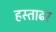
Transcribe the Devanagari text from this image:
हस्ताढर